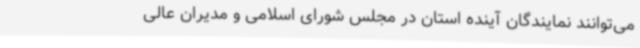
می‌توانند نمایندگان آینده استان در مجلس شورای اسلامی و مدیران عالی